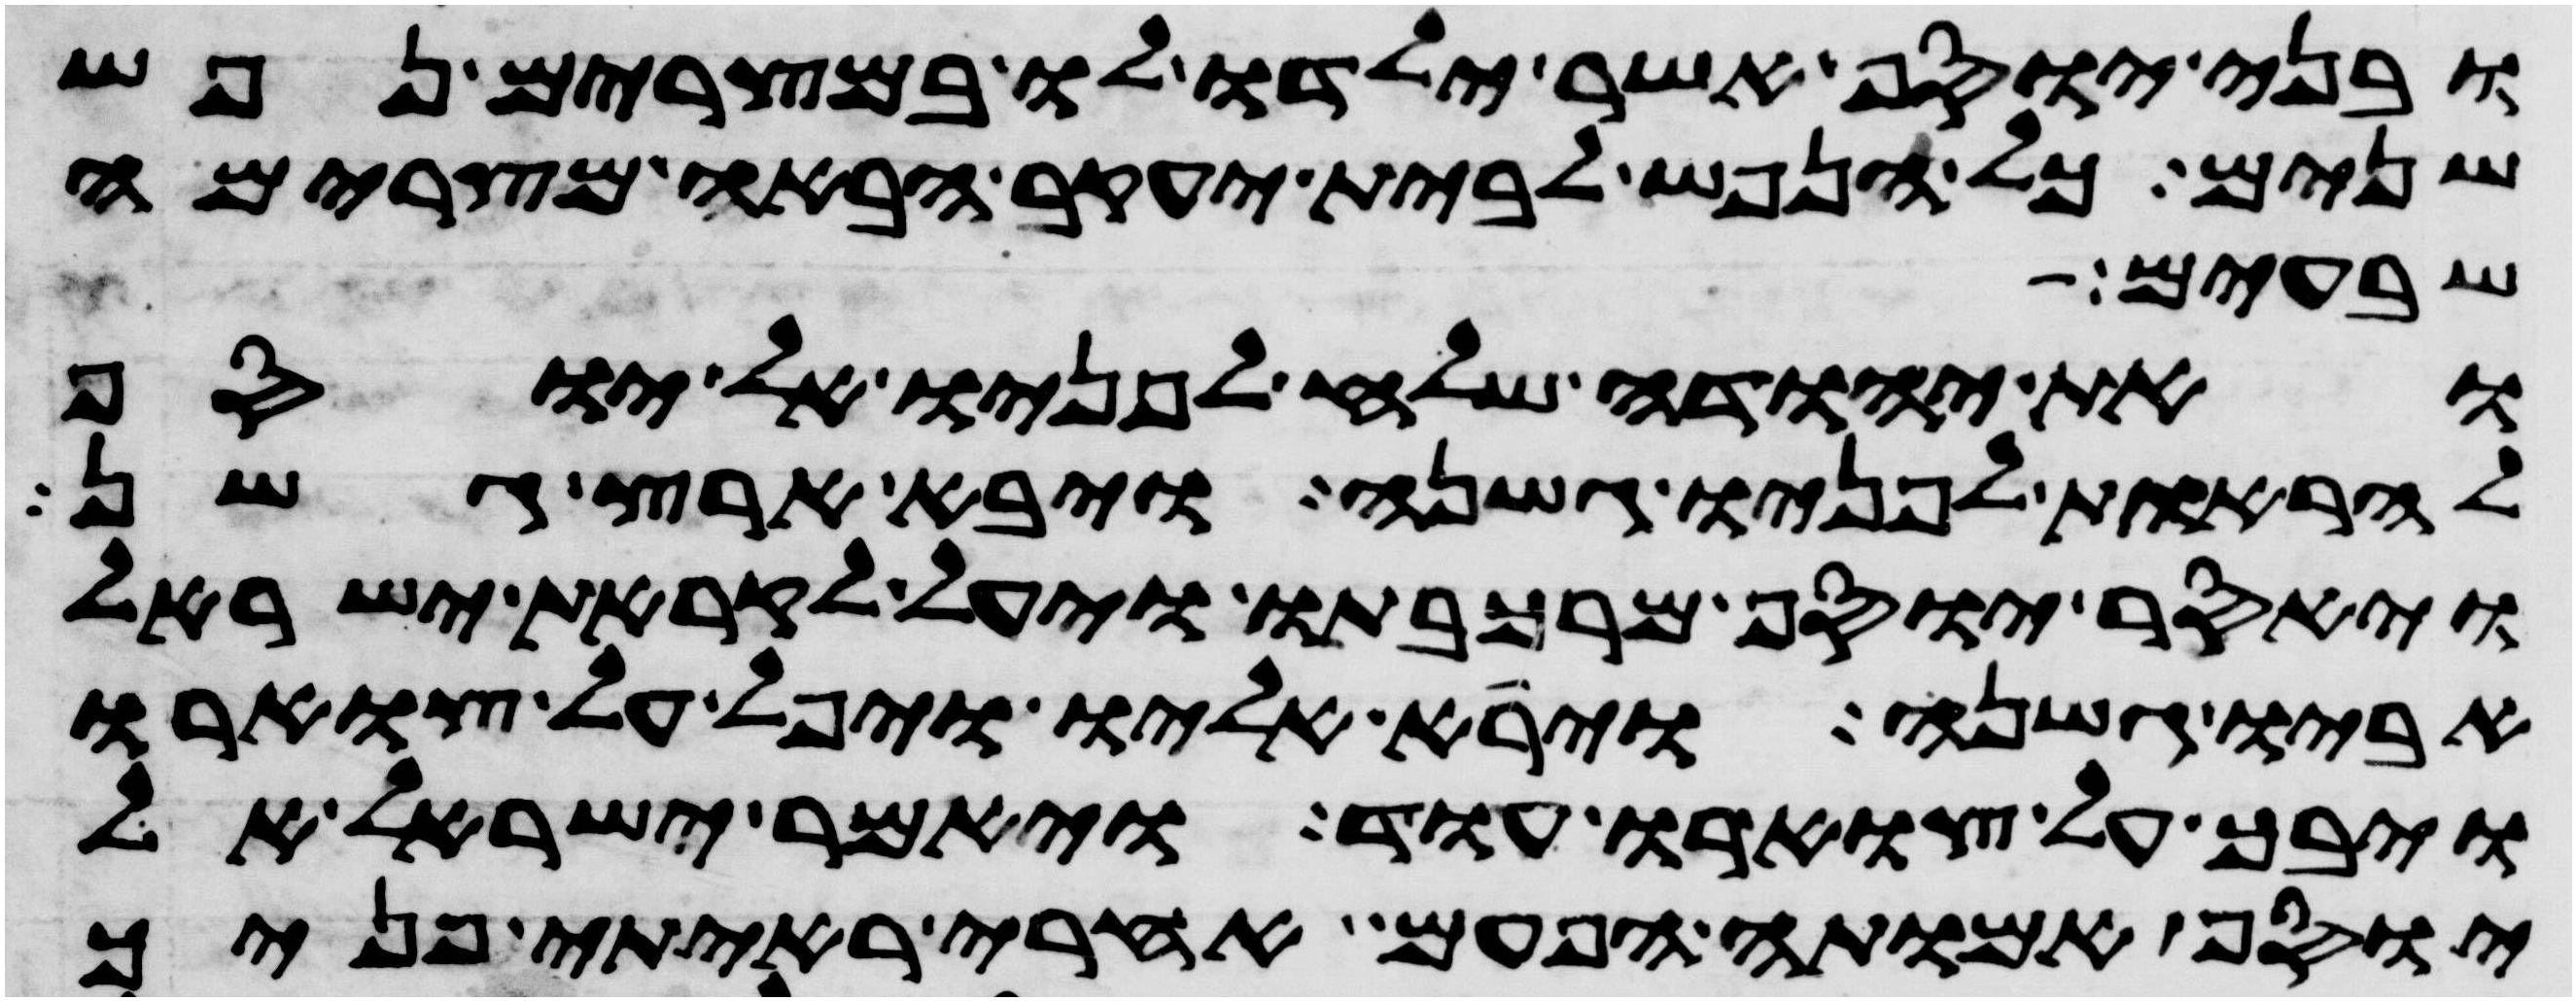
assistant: ובני יוסף אשר ילדו לו במצרים נפש
שנים כל הנפש לבית יעקב הבאה מצרימה
שבעים
ואת יהודה שלח לפניו אל יוסף
להראות לפניו גשנה ויבא ארץ גשן
ויאסר יוסף מרכבתו ויעל לקראת ישראל
אביו גשנה וירא אליו ויפל על צוארו
ויבך על צוארו עוד ויאמר ישראל אל
יוסף אמותה הפעם אחרי ראיתי פניך